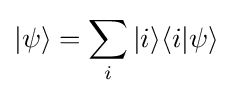
|\psi \rangle =\sum _{i}|i\rangle \langle i|\psi \rangle